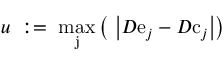
u \ : = \ \operatorname * { m a x } _ { \mathrm { j } } \left( \ \left| D \mathrm { e } _ { j } - D \mathrm { c } _ { j } \right| \right)